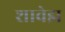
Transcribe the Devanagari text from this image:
शावेझ